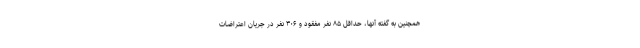
همچنین به گفته آنها، حداقل ۸۵ نفر مفقود و ۳۰۶ نفر در جریان اعتراضات